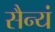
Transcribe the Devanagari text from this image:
सैन्यं